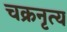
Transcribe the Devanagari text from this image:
चक्रनृत्य